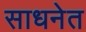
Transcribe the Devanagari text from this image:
साधनेत